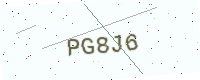
Text: PG8J6